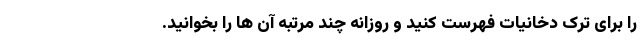
را برای ترک دخانیات فهرست کنید و روزانه چند مرتبه آن ها را بخوانید.